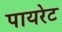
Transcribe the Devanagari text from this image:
पायरेट